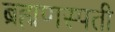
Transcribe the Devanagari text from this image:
ब्रह्मणस्पती